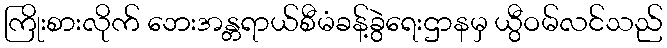
ကြိုးစားလိုက် ဘေးအန္တရာယ်စီမံခန့်ခွဲရေးဌာနမှ ယွီဝမ်လင်သည်